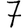
Digit: 7